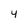
Character: 4